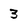
Character: 3